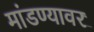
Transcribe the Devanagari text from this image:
मांडण्यावर